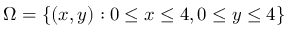
\Omega = \{ ( x , y ) : 0 \leq x \leq 4 , 0 \leq y \leq 4 \}